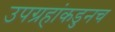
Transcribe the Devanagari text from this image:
उपग्रहांकडुनच